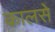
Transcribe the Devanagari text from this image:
कालसे